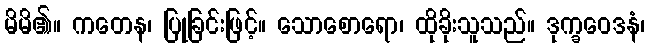
မိမိ၏။ ကတေန၊ ပြုခြင်းဖြင့်။ သောစောရော၊ ထိုခိုးသူသည်။ ဒုက္ခဝေဒနံ၊